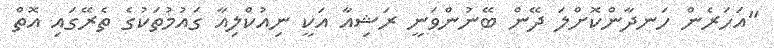
"އަހަރެން ހަނދާންކޮށްލަ ދޭން ބޭނުންވަނީ ރަޝިއާ އަކީ ނިއުކްލިއާ ގައުމުތަކުގެ ތެރޭގައި އޮތް